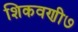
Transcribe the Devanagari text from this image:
शिकवणी७